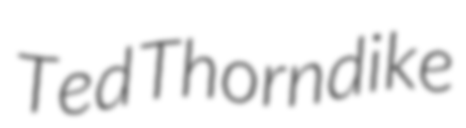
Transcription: Ted Thorndike